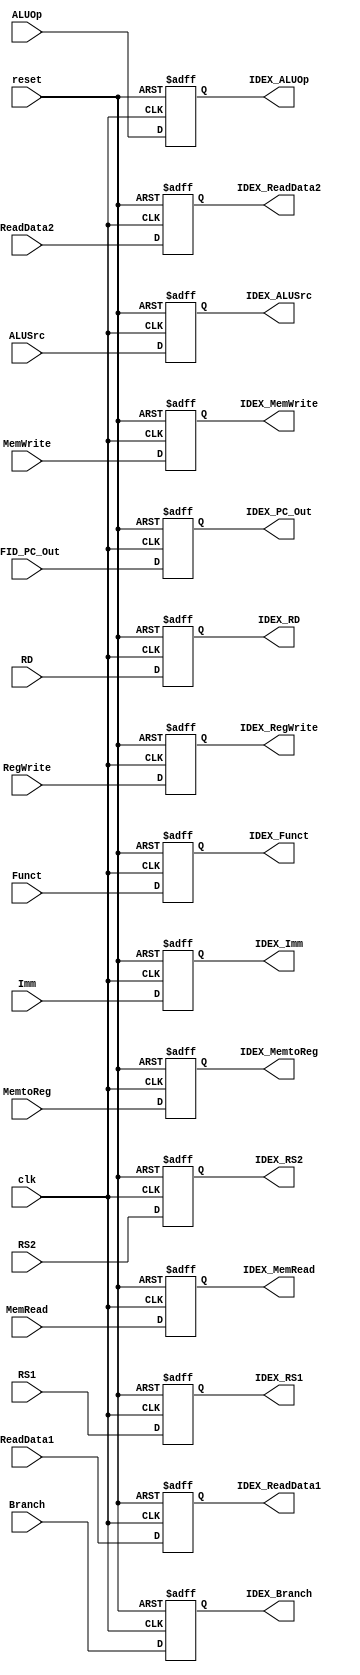
`timescale 1ns / 1ps
module IDEX(
    input clk, reset,
    input Branch, MemRead, MemWrite, MemtoReg, RegWrite, ALUSrc,
    input [1:0] ALUOp,
    input [3:0] Funct,
    input [4:0] RS1, RS2, RD,
    input [63:0] IFID_PC_Out, ReadData1, ReadData2, Imm,
    output reg IDEX_Branch, IDEX_MemRead, IDEX_MemWrite, IDEX_MemtoReg, IDEX_RegWrite, IDEX_ALUSrc,
    output reg [1:0] IDEX_ALUOp,
    output reg [3:0] IDEX_Funct,
    output reg [4:0] IDEX_RS1, IDEX_RS2, IDEX_RD,
    output reg [63:0] IDEX_PC_Out, IDEX_ReadData1, IDEX_ReadData2, IDEX_Imm
);
always @(posedge clk or posedge reset) begin
    if (reset == 1'b1) begin
        IDEX_Branch = 0; IDEX_MemRead = 0; IDEX_MemWrite = 0;
        IDEX_MemtoReg = 0; IDEX_RegWrite = 0; IDEX_ALUSrc = 0;
        IDEX_ALUOp = 0; IDEX_Funct = 0; 
        IDEX_RS1 = 0; IDEX_RS2 = 0; IDEX_RD = 0;
        IDEX_PC_Out = 0; IDEX_ReadData1 = 0; IDEX_ReadData2 = 0; IDEX_Imm = 0;
    end
    else begin
        IDEX_Branch = Branch; IDEX_MemRead = MemRead; IDEX_MemWrite = MemWrite;
        IDEX_MemtoReg = MemtoReg; IDEX_RegWrite = RegWrite; IDEX_ALUSrc = ALUSrc;
        IDEX_ALUOp = ALUOp; IDEX_Funct = Funct; 
        IDEX_RS1 = RS1; IDEX_RS2 = RS2; IDEX_RD = RD;
        IDEX_PC_Out = IFID_PC_Out; IDEX_ReadData1 = ReadData1; IDEX_ReadData2 = ReadData2; IDEX_Imm = Imm;    
    end 
end
endmodule